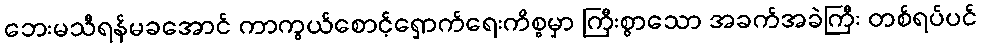
ဘေးမသီရန်မခအောင် ကာကွယ်စောင့်ရှောက်ရေးကိစ္စမှာ ကြီးစွာသော အခက်အခဲကြီး တစ်ရပ်ပင်